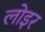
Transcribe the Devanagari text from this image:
लोइर